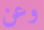
وعن